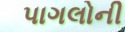
પાગલોની